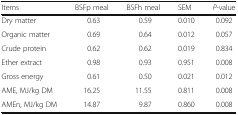
<table><thead><tr><td><b>Items</b></td><td><b>BSFp meal</b></td><td><b>BSFh meal</b></td><td><b>SEM</b></td><td><b><i>P-</i>value</b></td></tr></thead><tbody><tr><td>Dry matter</td><td>0.63</td><td>0.59</td><td>0.010</td><td>0.092</td></tr><tr><td>Organic matter</td><td>0.69</td><td>0.64</td><td>0.012</td><td>0.057</td></tr><tr><td>Crude protein</td><td>0.62</td><td>0.62</td><td>0.019</td><td>0.834</td></tr><tr><td>Ether extract</td><td>0.98</td><td>0.93</td><td>0.951</td><td>0.008</td></tr><tr><td>Gross energy</td><td>0.61</td><td>0.50</td><td>0.021</td><td>0.012</td></tr><tr><td>AME, MJ/kg DM</td><td>16.25</td><td>11.55</td><td>0.811</td><td>0.008</td></tr><tr><td>AMEn, MJ/kg DM</td><td>14.87</td><td>9.87</td><td>0.860</td><td>0.008</td></tr></tbody></table>